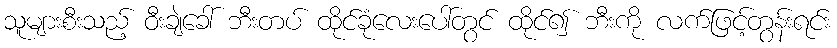
သူများစီးသည့် ဝီးချဲခေါ် ဘီးတပ် ထိုင်ခုံလေးပေါ်တွင် ထိုင်၍ ဘီးကို လက်ဖြင့်တွန်းရင်း